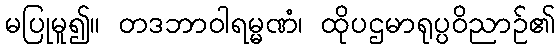
မပြုမူ၍။ တဒဘာဝါရမ္မဏံ၊ ထိုပဌမာရုပ္ပဝိညာဉ်၏